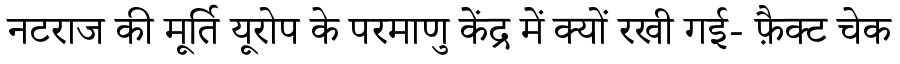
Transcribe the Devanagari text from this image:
नटराज की मूर्ति यूरोप के परमाणु केंद्र में क्यों रखी गई- फ़ैक्ट चेक